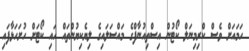
ހަމައަށް ވެސް ކްރިމިނަލް ކޯޓުން އިސްތިއުނާފްގެ މައްސަލައިގެ ލިޔެކިޔުންތައް ހައި ކޯޓަށް ހުށަހަޅާފައި